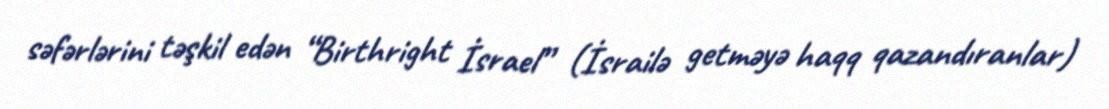
səfərlərini təşkil edən “Birthright İsrael” (İsrailə getməyə haqq qazandıranlar)